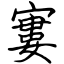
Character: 寠